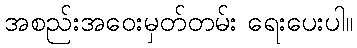
အစည်းအဝေးမှတ်တမ်း ရေးပေးပါ။